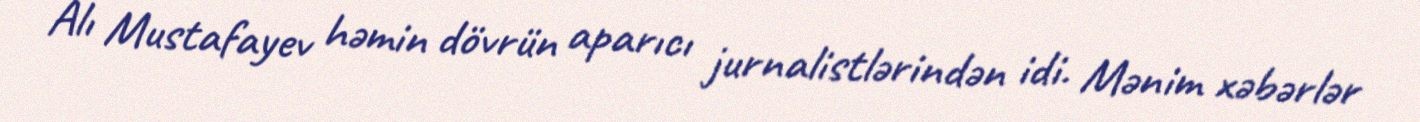
Alı Mustafayev həmin dövrün aparıcı jurnalistlərindən idi. Mənim xəbərlər